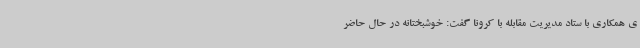
ی همکاری با ستاد مدیریت مقابله با کرونا گفت: خوشبختانه در حال حاضر